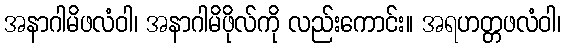
အနာဂါမိဖလံဝါ၊ အနာဂါမိဖိုလ်ကို လည်းကောင်း။ အရဟတ္တဖလံဝါ၊